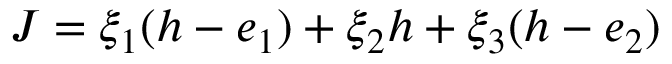
J = \xi _ { 1 } ( h - e _ { 1 } ) + \xi _ { 2 } h + \xi _ { 3 } ( h - e _ { 2 } )